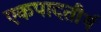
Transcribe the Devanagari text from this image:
एकपादतीर्थ